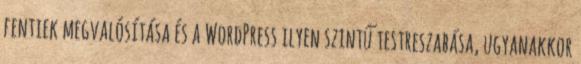
fentiek megvalósítása és a WordPress ilyen szintű testreszabása, ugyanakkor